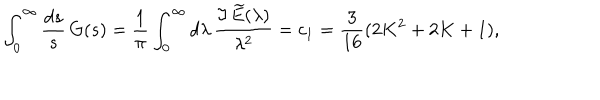
LaTeX: \int _ { 0 } ^ { \infty } { \frac { d s } { s } } \, G ( s ) = { \frac { 1 } { \pi } } \int _ { 0 } ^ { \infty } d \lambda \, { \frac { \Im \, \widetilde E ( \lambda ) } { \lambda ^ { 2 } } } = c _ { 1 } = { \frac { 3 } { 1 6 } } ( 2 K ^ { 2 } + 2 K + 1 ) ,